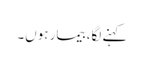
کہنے لگا، بیمار ہوں۔